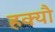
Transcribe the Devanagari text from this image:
हक्यौ